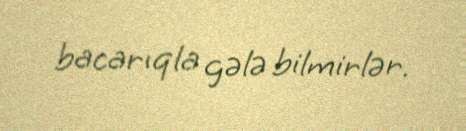
bacarıqla gələ bilmirlər.